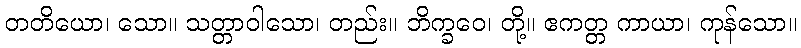
တတိယော၊ သော။ သတ္တာဝါသော၊ တည်း။ ဘိက္ခဝေ၊ တို့။ ဧကတ္တ ကာယာ၊ ကုန်သော။